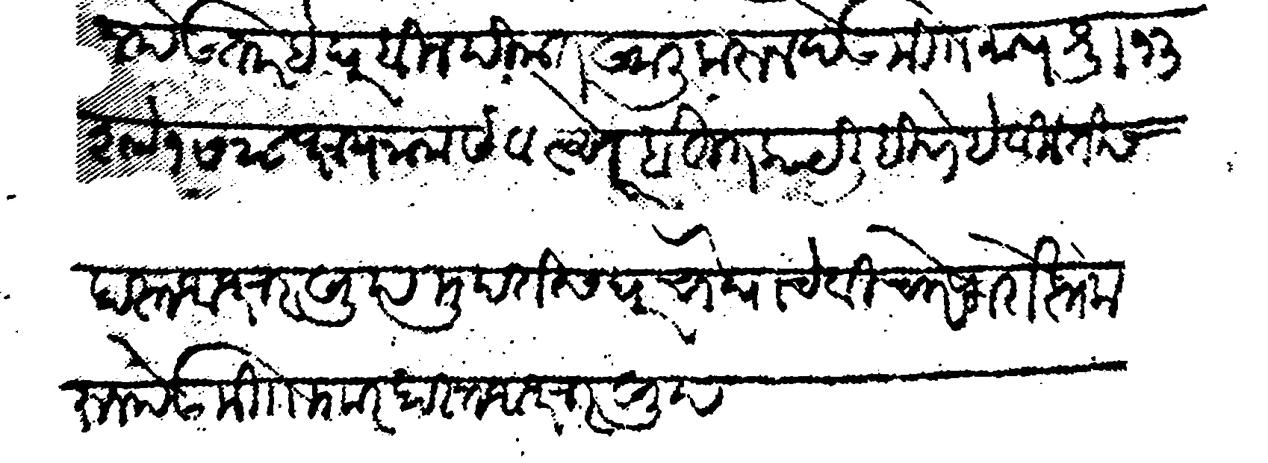
Transliteration (Devanagari): न देऊ तर हे घर बिनदीकत खाली करुन देऊ मि माघ शु १३ शके १७२८ क्षय नाम संवत्सरे बहुत काय लिहिणे हे विनंतीस हास्तअक्षर खुद मुदतीस घर चौघाचे विचारे फरोक्त करून देऊ मि माार हास्त अक्षर खुद